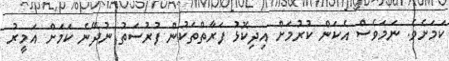
ކަމަށެވެ. ނަމަވެސް އެކަން ކުރުމަށް އިދިކޮޅު ފަރާތްތަކުން ފުރުސަތު ނުދޭނެ ކަމަށް އަމީރު